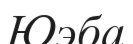
Юэба